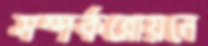
সম্পর্কন্নোয়নে